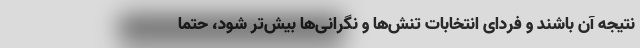
نتیجه آن باشند و فردای انتخابات تنش‌ها و نگرانی‌ها بیش‌تر شود، حتماً